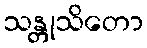
သန္တုသိတော